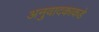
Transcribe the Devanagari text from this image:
अनुवादकाकडे